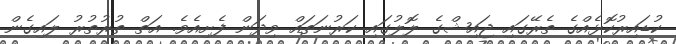
ކުޑައިރުކޮޅެއްގެ ތެރޭގައި ޖައިޝްގެ ލޮލުގައި ކަރުނަތައް ވިދަން ފެށިއެވެ. އަތް ތުރުތުރު ލައިގެން